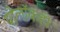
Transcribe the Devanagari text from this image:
पोलॉकही